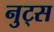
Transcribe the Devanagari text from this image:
नुट्स